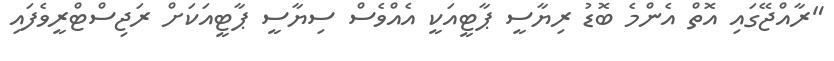
"ރާއްޖޭގައި އޮތް އެންމެ ބޮޑު ރިޔާސީ ޕާޓީއަކީ އެއްވެސް ސިޔާސީ ޕާޓީއަކަށް ރަޖިސްޓްރީވެފައި